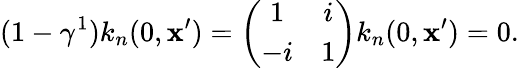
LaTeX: (1-\gamma^{1})k_{n}(0,\mathbf{x}^{\prime})=\left(\begin{array}{cc}{{1}}&{{i}}\\ {{-i}}&{{1}}\end{array}\right)k_{n}(0,\mathbf{x}^{\prime})=0.